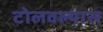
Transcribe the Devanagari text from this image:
टोलवल्यास